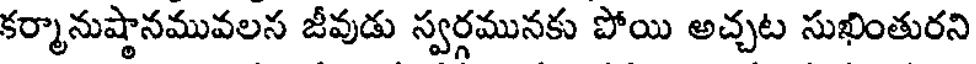
కర్మానుష్థానమువలన జీవుడు స్వర్గమునకు పోయి అచ్చట సుఖింతురని